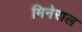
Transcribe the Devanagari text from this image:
मिनेराल